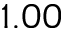
1 . 0 0